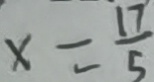
x = \frac { 1 7 } { 5 }